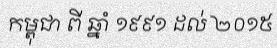
កម្ពុជា ពី ឆ្នាំ ១៩៩១ ដល់ ២០១៥